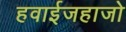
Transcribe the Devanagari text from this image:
हवाईजहाजो